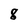
Character: 8